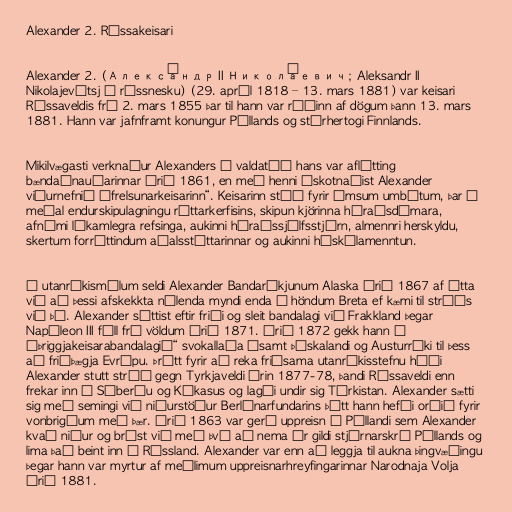
Alexander 2. Rússakeisari

Alexander 2. (Алекса́ндр II Никола́евич; Aleksandr II
Nikolajevítsj á rússnesku) (29. apríl 1818 – 13. mars 1881) var keisari
Rússaveldis frá 2. mars 1855 þar til hann var ráðinn af dögum þann 13. mars
1881. Hann var jafnframt konungur Póllands og stórhertogi Finnlands.

Mikilvægasti verknaður Alexanders á valdatíð hans var aflétting
bændaánauðarinnar árið 1861, en með henni áskotnaðist Alexander
viðurnefnið „frelsunarkeisarinn“. Keisarinn stóð fyrir ýmsum umbótum, þar á
meðal endurskipulagningu réttarkerfisins, skipun kjörinna héraðsdómara,
afnámi líkamlegra refsinga, aukinni héraðssjálfsstjórn, almennri herskyldu,
skertum forréttindum aðalsstéttarinnar og aukinni háskólamenntun.

Í utanríkismálum seldi Alexander Bandaríkjunum Alaska árið 1867 af ótta
við að þessi afskekkta nýlenda myndi enda í höndum Breta ef kæmi til stríðs
við þá. Alexander sóttist eftir friði og sleit bandalagi við Frakkland þegar
Napóleon III féll frá völdum árið 1871. Árið 1872 gekk hann í
„Þriggjakeisarabandalagið“ svokallaða ásamt Þýskalandi og Austurríki til þess
að friðþægja Evrópu. Þrátt fyrir að reka friðsama utanríkisstefnu háði
Alexander stutt stríð gegn Tyrkjaveldi árin 1877-78, þandi Rússaveldi enn
frekar inn í Síberíu og Kákasus og lagði undir sig Túrkistan. Alexander sætti
sig með semingi við niðurstöður Berlínarfundarins þótt hann hefði orðið fyrir
vonbrigðum með þær. Árið 1863 var gerð uppreisn í Póllandi sem Alexander
kvað niður og brást við með því að nema úr gildi stjórnarskrá Póllands og
lima það beint inn í Rússland. Alexander var enn að leggja til aukna þingvæðingu
þegar hann var myrtur af meðlimum uppreisnarhreyfingarinnar Narodnaja Volja
árið 1881.